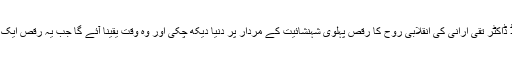
تہران کے قریب ابنِ ببویہ کے قبرستان میں محوئے خواب کامریڈ ڈاکٹر تقی ارانی کی انقلابی روح کا رقص پہلوی شہنشائیت کے مردار پر دنیا دیکھ چکی اور وہ وقت یقیناََ آئے گا جب یہ رقص ایک بار پھر ایران کی فسطائی ملائیت کے لاشے پر دیکھا جائے گا ۔